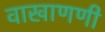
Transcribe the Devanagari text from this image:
वाखाणणी